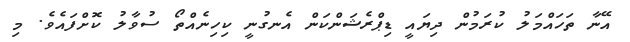
އޭނާ ތަހައްމަލު ކުރަމުން ދިޔައީ ޑިޕްރެޝަންކަން އެނގުނީ ކިހިނެއްތޯ ސުވާލު ކޮށްފައެވެ. މި